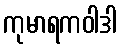
ကုမာရကဝါဒါ